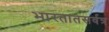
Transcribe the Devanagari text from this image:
भारतातसर्वत्र